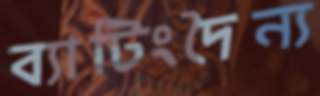
ব্যাটিংদৈন্য